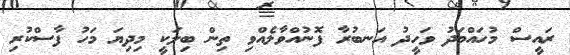
ރައީސް މުހައްމަދު ވަހީދު އަނބުރާ ފޮނުއްވާލެއްވި ތިން ބިލަކީ މިދިޔަ މަހު ފާސްކުރި